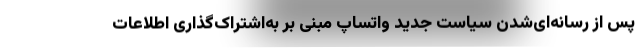
پس از رسانه‌ای‌شدن سیاست جدید واتساپ مبنی بر به‌اشتراک‌گذاری اطلاعات